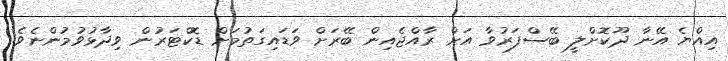
އިއްޔެ އޭނާ ދޫކޮށްލީ ބޭސްފަރުވާ އަށް ރާއްޖެއިން ބޭރަށް ވަޑައިގަތުމަށް ޑޮކްޓަރުން ވިދާޅުވުމުންނެވެ.